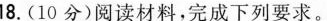
18.(10分)阅读材料，完成下列要求。